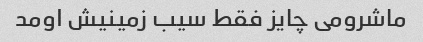
ماشرومی چایز فقط سیب زمینیش اومد